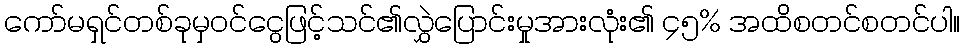
ကော်မရှင်တစ်ခုမှဝင်ငွေဖြင့်သင်၏လွှဲပြောင်းမှုအားလုံး၏ ၄၅% အထိစတင်စတင်ပါ။